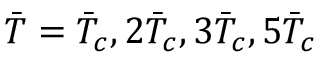
\Bar { T } = \Bar { T } _ { c } , 2 \Bar { T } _ { c } , 3 \Bar { T } _ { c } , 5 \Bar { T } _ { c }